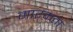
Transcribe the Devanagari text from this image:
मारकता